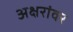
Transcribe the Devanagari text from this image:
अक्षरांवर